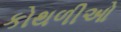
કોથળીઓ